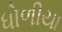
ધોળીયા